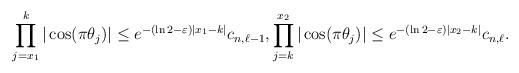
LaTeX: \begin{align*}\prod_{j=x_1}^k |\cos(\pi \theta_j)|\leq e^{-(\ln 2-\varepsilon)|x_1-k|} c_{n,\ell-1}, \prod_{j=k}^{x_2} |\cos(\pi \theta_j)|\leq e^{-(\ln 2-\varepsilon)|x_2-k|} c_{n,\ell}.\end{align*}